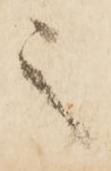
之